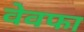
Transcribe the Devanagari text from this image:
वेवफा